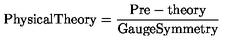
\mathrm { P h y s i c a l T h e o r y } = \frac { \mathrm { P r e - t h e o r y } } { \mathrm { G a u g e S y m m e t r y } }